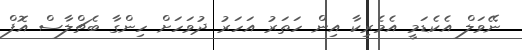
ނޭވަލް އެކެޑަމީ އެމެރިކާ އިން ހަތަރު އަހަރު ދުވަހަށް ހިންގާ ބެޗްލާސް އޮފް